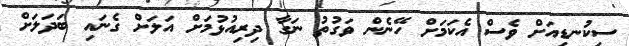
ސިކުނޑިއަށް ވެސް އެކަމަށް ހޭނެން ވަގުތު ނަގާ ދިރިއުޅުމަށް އަލަށް ގެނައި ބަދަލަށް